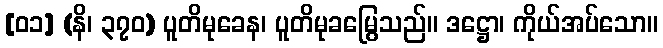
[၀၁] (နိ၊ ၃၇၀) ပူတိမုခေန၊ ပူတိမုခမြွေသည်။ ဒဋ္ဌော၊ ကိုယ်အပ်သော။